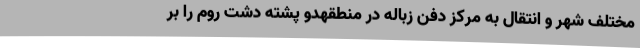
مختلف شهر و انتقال به مرکز دفن زباله در منطقهدو پشته دشت روم را بر